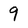
Character: 9